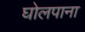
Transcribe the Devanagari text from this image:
घोलपाना